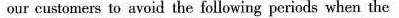
our custoncrs to avoid the following periods when the